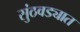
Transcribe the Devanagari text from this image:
सुंठवड्यात